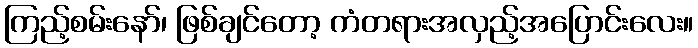
ကြည့်စမ်းနော်၊ ဖြစ်ချင်တော့ ကံတရားအလှည့်အပြောင်းလေး။